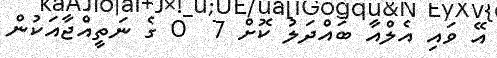
އޭ ވައި އެލްއާ ބައްދަލު ކޮށް 7  0 ގެ ނަތީއްޖާއަކުން